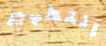
التطهير